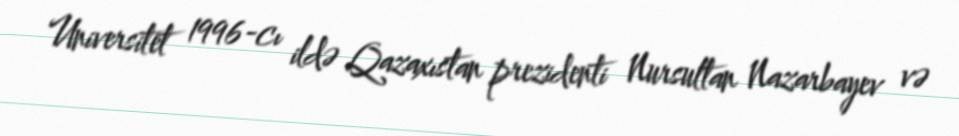
Universitet 1996-cı ildə Qazaxıstan prezidenti Nursultan Nazarbayev və